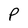
Character: p